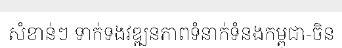
សំខាន់ៗ ទាក់ទងវឌ្ឍនភាពទំនាក់ទំនងកម្ពុជា-ចិន